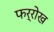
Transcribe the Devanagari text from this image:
फर्रोख